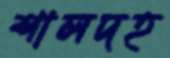
শালদহ